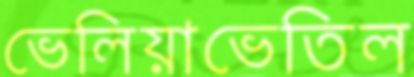
ভেলিয়াভেতিল